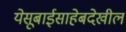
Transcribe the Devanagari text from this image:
येसूबाईसाहेबदेखील